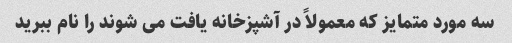
سه مورد متمایز که معمولاً در آشپزخانه یافت می شوند را نام ببرید